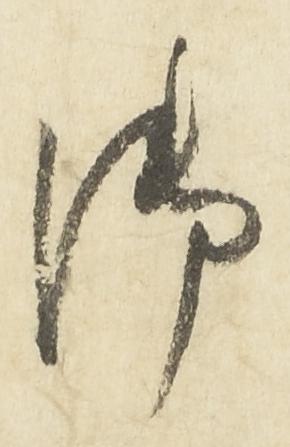
御